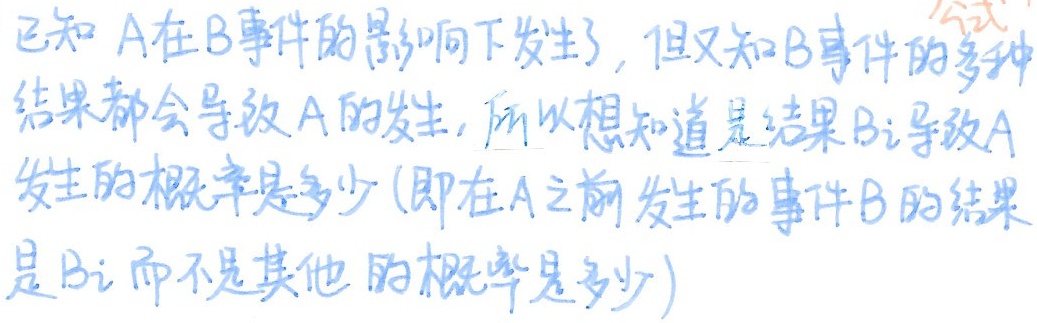
已知 A 在 B 事件的影响下发生了，但又知 B 事件的多种结果都会导致 A 的发生，所以想知道是结果 Bi 导致 A 发生的概率是多少 (即在 A 之前发生的事件 B 的结果是 Bi 而不是其他的概率是多少)